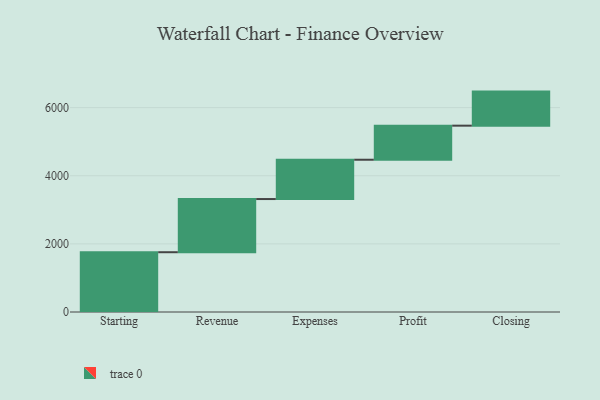
{"axis": {"x": "Step", "y": "Value"}, "legend": [""], "data": [{"x": "Starting", "y": 1755.0, "type": ""}, {"x": "Revenue", "y": 1561.0, "type": ""}, {"x": "Expenses", "y": 1154.0, "type": ""}, {"x": "Profit", "y": 1000, "type": ""}, {"x": "Closing", "y": 1000, "type": ""}]}